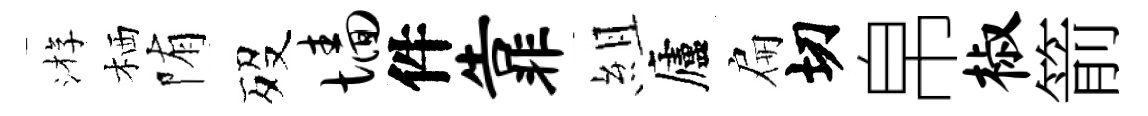
㳺栖陏歿墙件靠組廬扁切帛椒箭